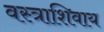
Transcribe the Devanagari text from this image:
वस्त्राशिवाय